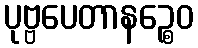
ပုဗ္ဗပေတာနဉ္စေဝ